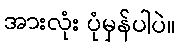
အားလုံး ပုံမှန်ပါပဲ။